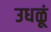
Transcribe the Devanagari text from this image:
उधळूं